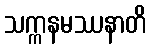
သက္ကနမဿနာတိ